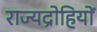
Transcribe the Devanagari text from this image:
राज्यद्रोहियों